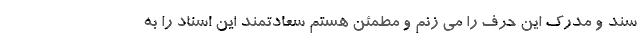
سند و مدرک این حرف را می زنم و مطمئن هستم سعادتمند این اسناد را به